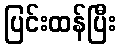
ပြင်းထန်ပြီး